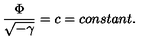
\frac { \Phi } { \sqrt { - \gamma } } = c = c o n s t a n t .